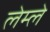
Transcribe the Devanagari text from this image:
लेम्ले